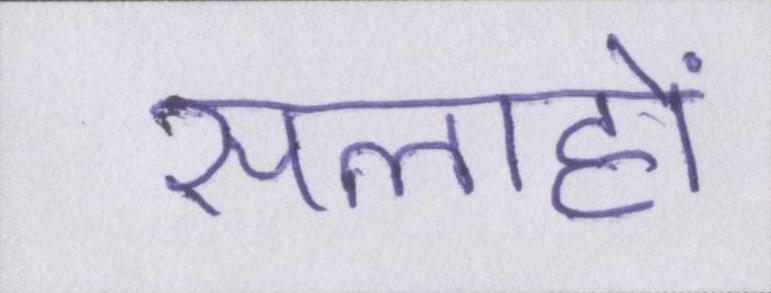
सलाहों